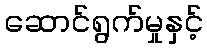
ဆောင်ရွက်မှုနှင့်